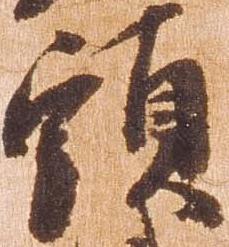
頭